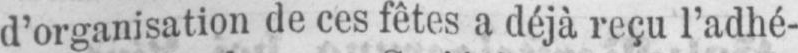
d’organisation de ces fêtes a déjà reçu l’adhé-